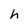
Character: h